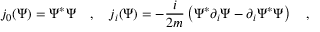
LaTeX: j _ { 0 } ( \Psi ) = \Psi ^ { * } \Psi ~ ~ ~ , ~ ~ ~ j _ { i } ( \Psi ) = - { \frac { i } { 2 m } } \left( \Psi ^ { * } \partial _ { i } \Psi - \partial _ { i } \Psi ^ { * } \Psi \right) ~ ~ ~ ,